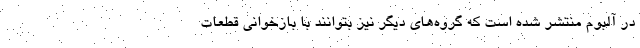
در آلبوم منتشر شده است که گروه‌های دیگر نیز بتوانند با بازخوانی قطعات